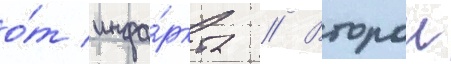
о́т инфа́ркта // Второи